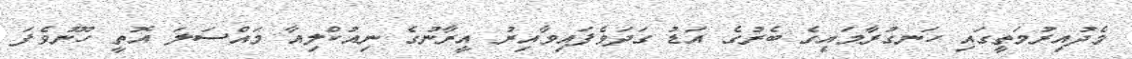
މެދުއިރުމަތީގައި ހަނގުރާމައިގެ ބެރުގެ އަޑު ގަދަވެފައިވާއިރު އީރާނުގެ ނިއުކްލިއާ މައްސަލަ އޮތީ ހޫނުވެފަ